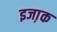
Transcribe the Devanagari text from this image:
इजा़क